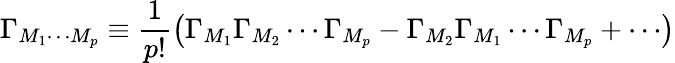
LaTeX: \Gamma_{M_{1}\cdots M_{p}}\equiv\frac{1}{p!}\left(\Gamma_{M_{1}}\Gamma_{M_{2}}\cdots\Gamma_{M_{p}}-\Gamma_{M_{2}}\Gamma_{M_{1}}\cdots\Gamma_{M_{p}}+\cdots\right)